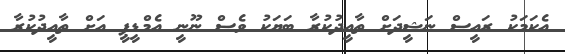
އެކަމަކު ރައީސް ނަޝީދަށް ތާއީދުކުރާ ބަޔަކު ވެސް ނޫނީ އެމްޑީޕީ އަށް ތާއީދުކުރާ